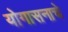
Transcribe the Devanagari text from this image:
योगासनाचे